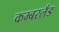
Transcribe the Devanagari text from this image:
कम्बरलँड